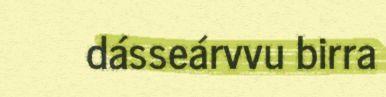
dásseárvvu birra